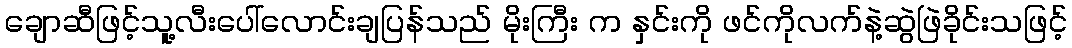
ချောဆီဖြင့်သူ့လီးပေါ်လောင်းချပြန်သည် မိုးကြီး က နှင်းကို ဖင်ကိုလက်နဲ့ဆွဲဖြဲခိုင်းသဖြင့်